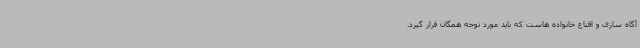
آگاه سازی و اقناع خانواده هاست که باید مورد توجه همگان قرار گیرد.